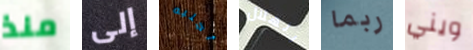
منذ إلى أجلبه الهلال ربما ويني